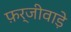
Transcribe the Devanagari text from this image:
फ़र्जीवाड़े